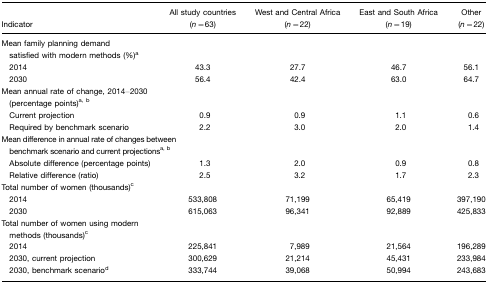
<table><thead><tr><td></td><td><b>All study countries</b></td><td><b>West and Central Africa</b></td><td><b>East and South Africa</b></td><td><b>Other</b></td></tr><tr><td><b>Indicator</b></td><td><b>(<i>n</i>=63)</b></td><td><b>(<i>n</i>=22)</b></td><td><b>(<i>n</i>=19)</b></td><td><b>(<i>n</i>=22)</b></td></tr></thead><tbody><tr><td colspan="5">Mean family planning demand satisfied with modern methods (%)a</td></tr><tr><td> 2014</td><td>43.3</td><td>27.7</td><td>46.7</td><td>56.1</td></tr><tr><td> 2030</td><td>56.4</td><td>42.4</td><td>63.0</td><td>64.7</td></tr><tr><td colspan="5">Mean annual rate of change, 2014–2030 (percentage points)ab</td></tr><tr><td> Current projection</td><td>0.9</td><td>0.9</td><td>1.1</td><td>0.6</td></tr><tr><td> Required by benchmark scenario</td><td>2.2</td><td>3.0</td><td>2.0</td><td>1.4</td></tr><tr><td colspan="5">Mean difference in annual rate of changes between benchmark scenario and current projectionsab</td></tr><tr><td> Absolute difference (percentage points)</td><td>1.3</td><td>2.0</td><td>0.9</td><td>0.8</td></tr><tr><td> Relative difference (ratio)</td><td>2.5</td><td>3.2</td><td>1.7</td><td>2.3</td></tr><tr><td colspan="5">Total number of women (thousands)c</td></tr><tr><td> 2014</td><td>533,808</td><td>71,199</td><td>65,419</td><td>397,190</td></tr><tr><td> 2030</td><td>615,063</td><td>96,341</td><td>92,889</td><td>425,833</td></tr><tr><td colspan="5">Total number of women using modern methods (thousands)c</td></tr><tr><td> 2014</td><td>225,841</td><td>7,989</td><td>21,564</td><td>196,289</td></tr><tr><td> 2030, current projection</td><td>300,629</td><td>21,214</td><td>45,431</td><td>233,984</td></tr><tr><td> 2030, benchmark scenariod</td><td>333,744</td><td>39,068</td><td>50,994</td><td>243,683</td></tr></tbody></table>